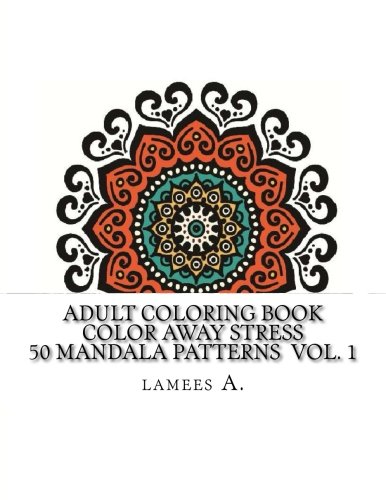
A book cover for Adult Coloring Book: Color Away Stress  50 Mandala Patterns  Vol. 1 (Adult Coloring Books); lamees A.; Religion & Spirituality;